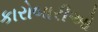
કારોબારીઓ